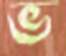
ভ